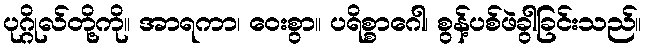
ပုဂ္ဂိုလ်တို့ကို။ အာရကာ၊ ဝေးစွာ။ ပရိစ္စာဂေါ၊ စွန့်ပစ်ဖဲခွါခြင်းသည်။